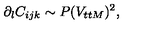
\partial _ { l } C _ { i j k } \sim P ( V _ { t t M } ) ^ { 2 } ,